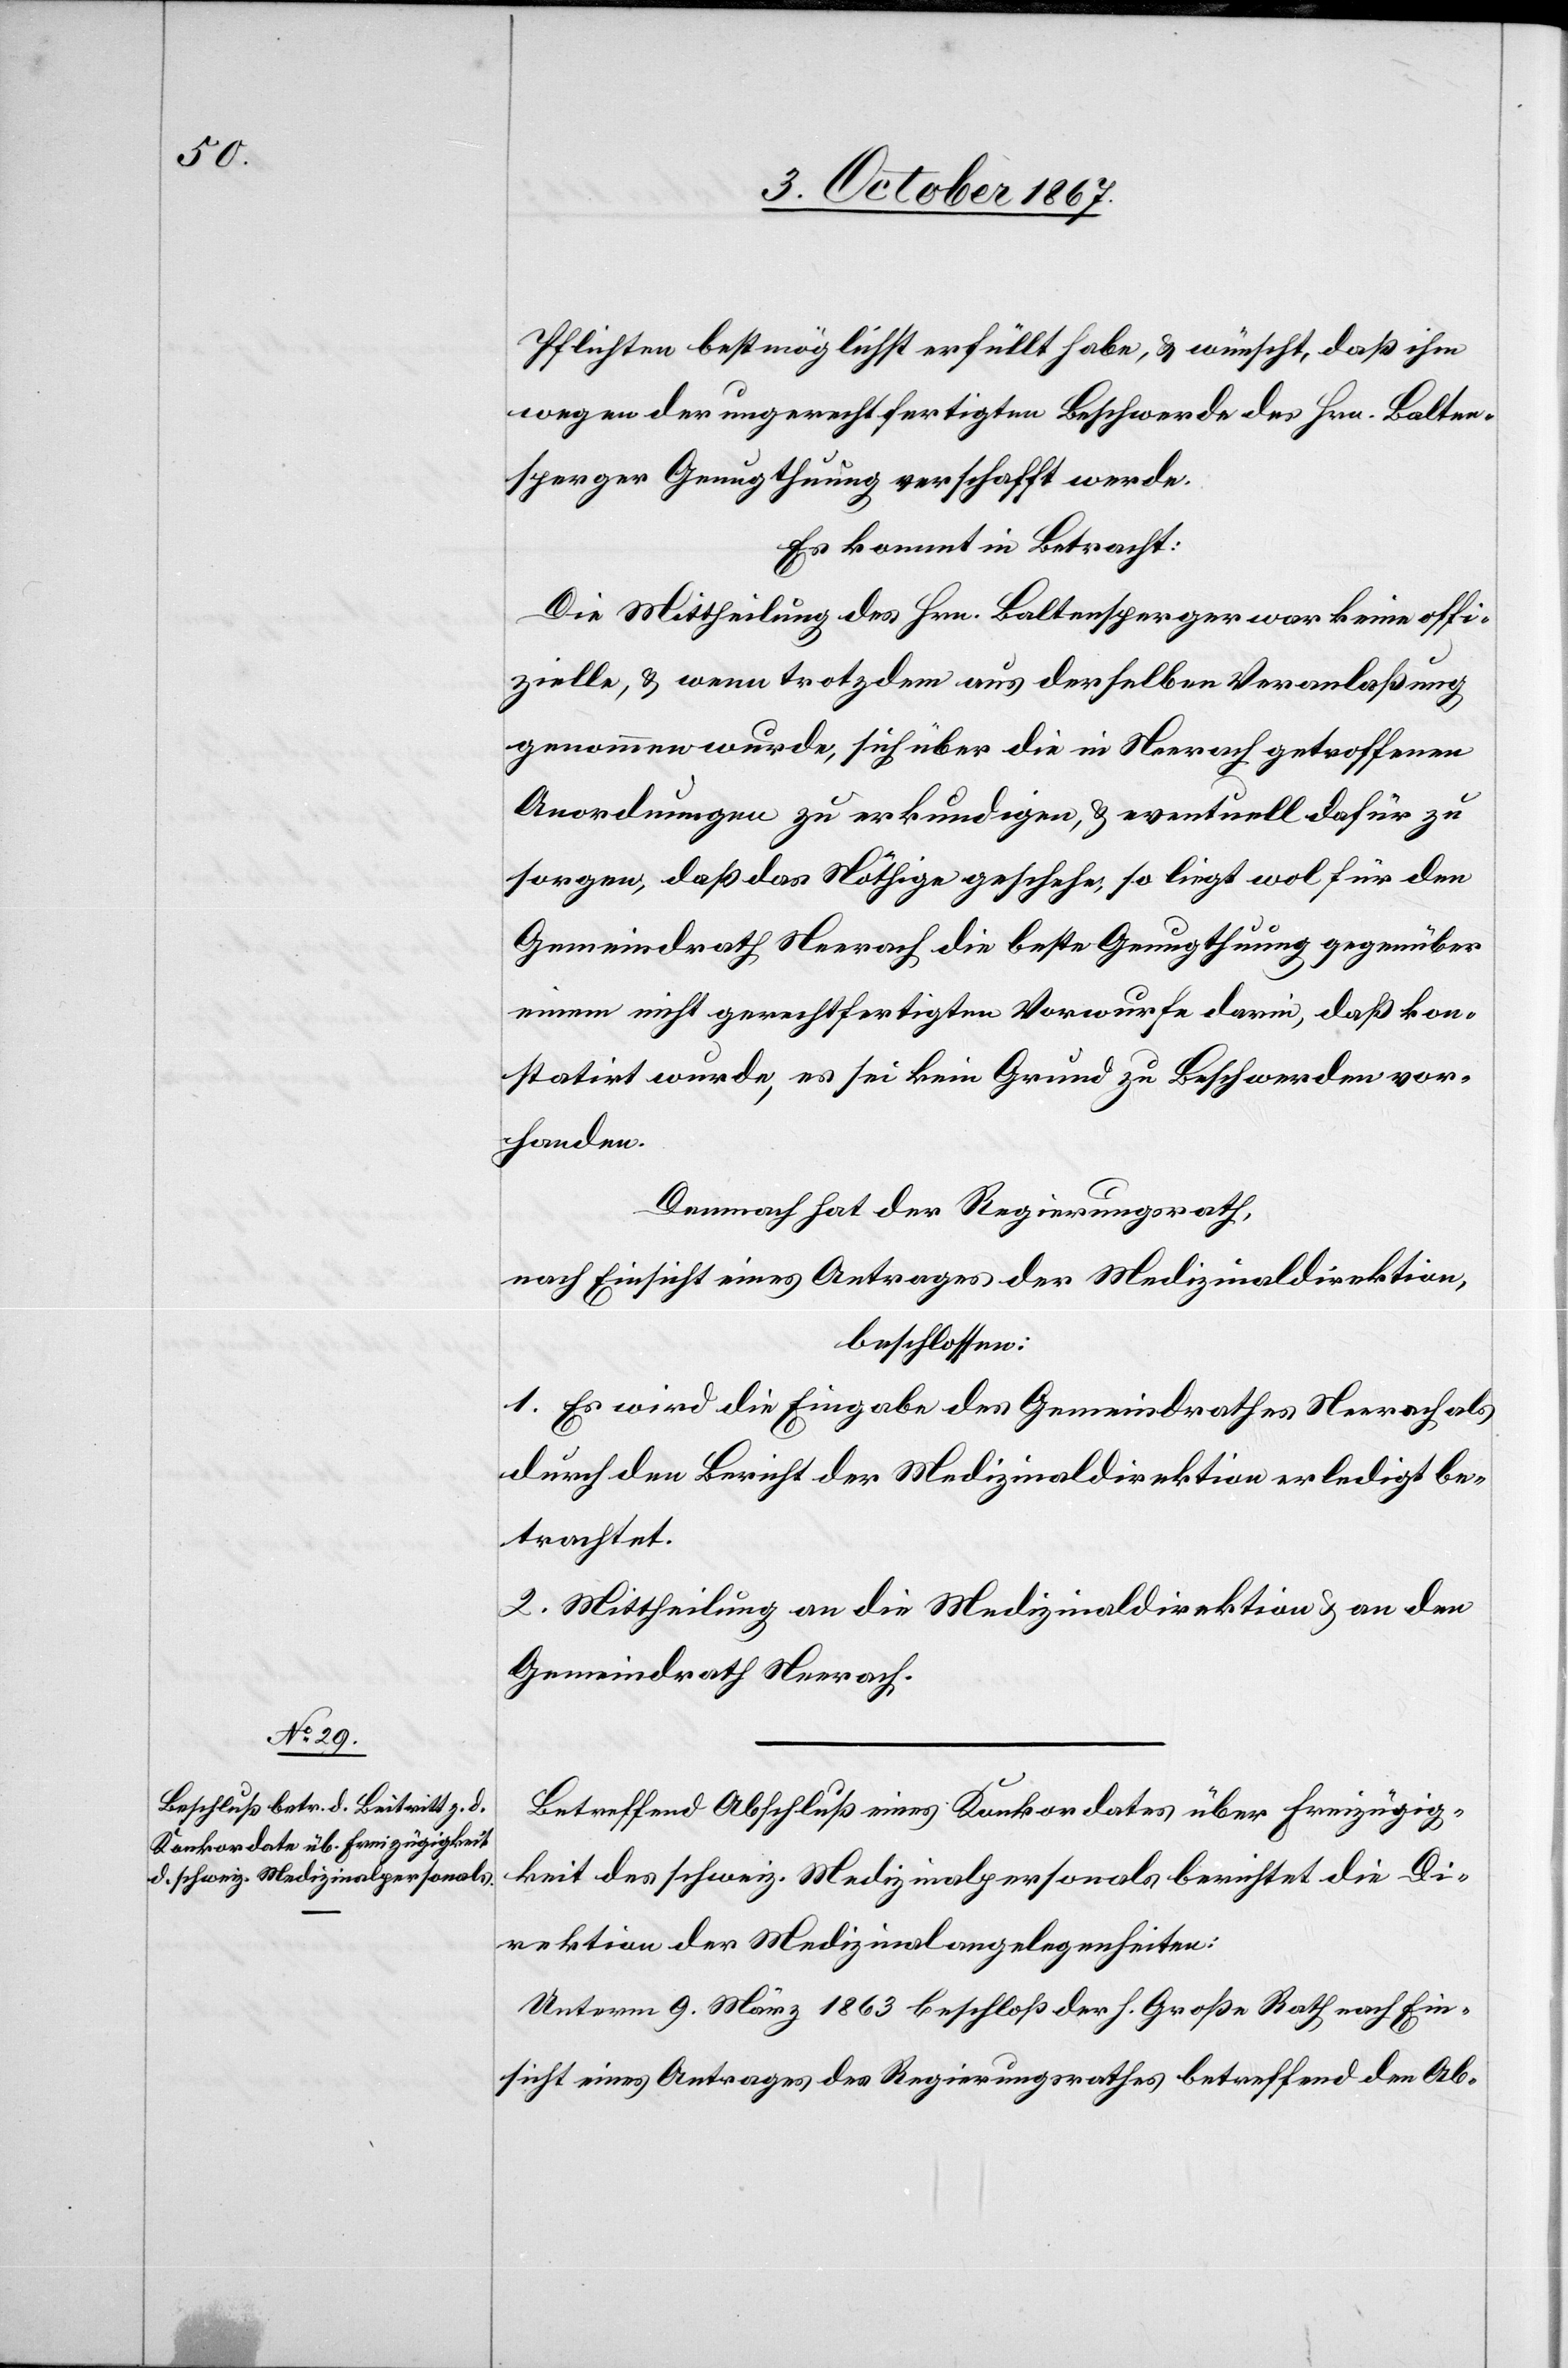
Pflichten bestmöglichst erfüllt habe, u. wünscht, daß ihm
wegen der ungerechtfertigten Beschwerde des Hrn. Balten¬
sperger Genugthuung verschafft werde.
Es kommt in Betracht:
Die Mittheilung des Hrn. Baltensperger war keine offi¬
zielle, u. wenn trotzdem aus derselben Veranlaßung
genommen wurde, sich über die in Neerach getroffenen
Anordnungen zu erkundigen, u. eventuell dafür zu
sorgen, daß das Nöthige geschehe, so liegt wol für den
Gemeindrath Neerach die beste Genugthuung gegenüber
einem nicht gerechtfertigten Vorwurfe darin, daß kon¬
statirt wurde, es sei kein Grund zu Beschwerden vor¬
handen.
Demnach hat der Regierungsrath;
nach Einsicht eines Antrages der Medizinaldirektion,
beschlossen:
1. Es wird die Eingabe des Gemeindrathes Neerach als
durch den Bericht der Medizinaldirektion erledigt be¬
trachtet.
2. Mittheilung an die Medizinaldirektion u. an den
Gemeindrath Neerach.
Betreffend Abschluß eines Konkordates über Freizügig¬
keit des schweiz. Medizinalpersonals berichtet die Di¬
rektion der Medizinalangelegenheiten:
Unterm 9. März 1863 beschloß der h. Große Rath nach Ein¬
sicht eines Antrages des Regierungsrathes betreffend den Ab-